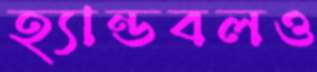
হ্যান্ডবলও